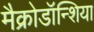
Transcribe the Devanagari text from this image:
मैक्रोडॉन्शिया